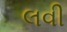
લવી